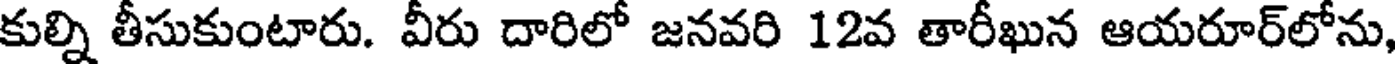
కుల్ని తీసుకుంటారు. వీరు దారిలో జనవరి 12వ తారీఖున ఆయరూర్లోను,